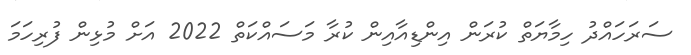
ސަރަހައްދު ހިމާޔަތް ކުރަން އިންޑިއާއިން ކުރާ މަސައްކަތް 2022 އަށް މުޅިން ފުރިހަމަ